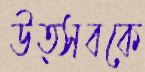
উত্সবকে